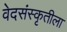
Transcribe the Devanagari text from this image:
वेदसंस्कृतीला